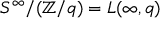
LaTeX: S ^ { \infty } / ( \mathbb { Z } / q ) = L ( \infty , q )